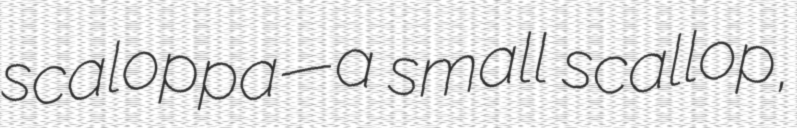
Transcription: scaloppa—a small scallop,